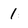
Character: 1